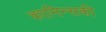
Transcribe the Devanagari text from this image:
कामिन्सकी